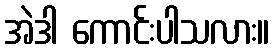
အဲဒါ ကောင်းပါသလား။